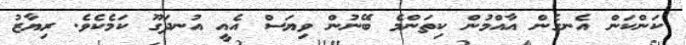
ކަންކަން އެނގެން އާއްމުން ކިތަންމެ ބޭނުން ވިޔަސް އެއީ އުނދަގޫ ކަމެކެވެ. ރިޔާޒު